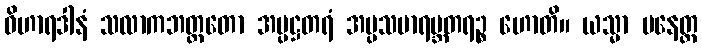
ဝိဟာရဒါနံ သလာကဘတ္တတော အပ္ပဋ္ဌတရံ အပ္ပသမာရမ္ဘတရဉ္စ ဟောတိ။ ယသ္မာ ပနေတ္ထ